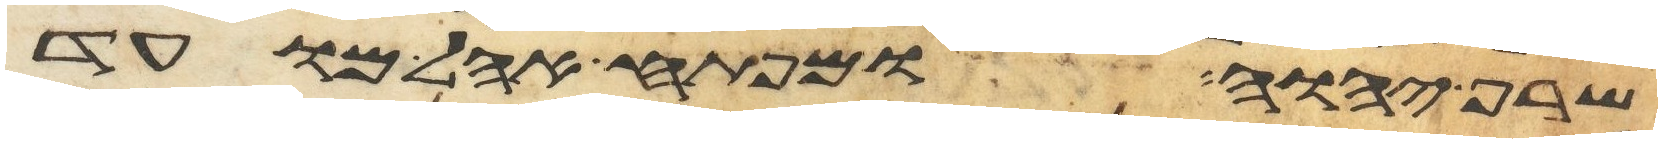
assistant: שרף יהוה ומפתח אהל מועד